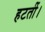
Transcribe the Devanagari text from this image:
हटतीं।